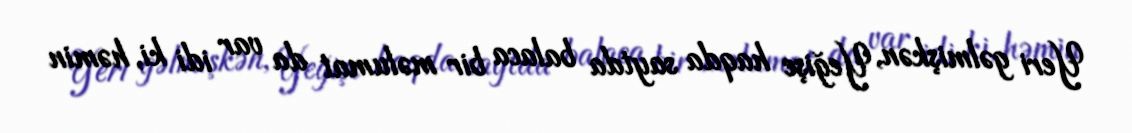
Yeri gəlmişkən, Yeğişe haqda saytda balaca bir məlumat da var idi ki, həmin